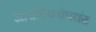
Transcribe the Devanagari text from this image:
आशीर्वचनोपरांत